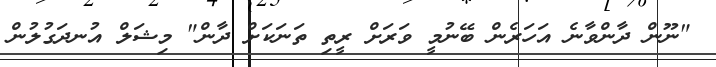
"ނޫން ދާންވާނެ އަހަރެން ބޭނުމީ ވަރަށް ރީތި ތަނަކަށް ދާން" މިޝަލް އުނދަގުލުން